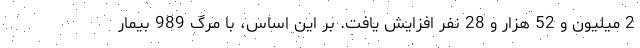
2 میلیون و 52 هزار و 28 نفر افزایش یافت. بر این اساس، با مرگ 989 بیمار